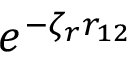
e ^ { - \zeta _ { r } r _ { 1 2 } }